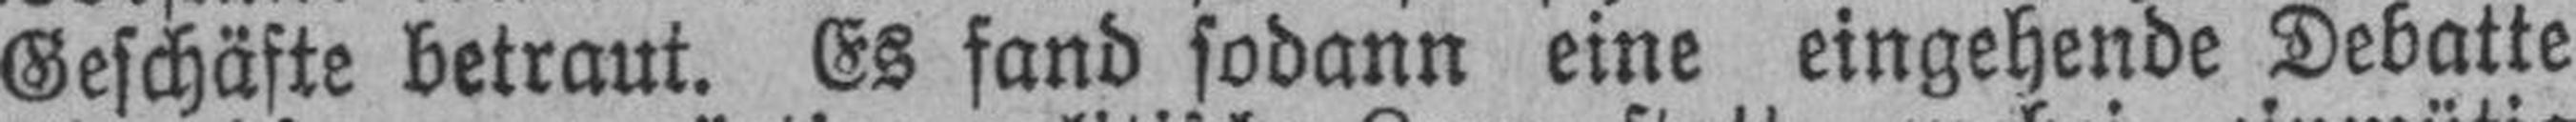
Geschäfte betraut. Es fand sodann eine eingehende Debatte